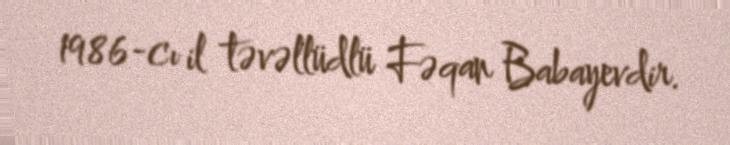
1986-cı il təvəllüdlü Fəqan Babayevdir.